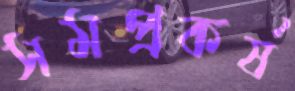
সমপ্রকর্ষ